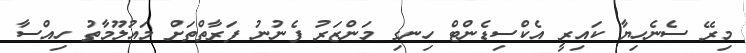
މިރޭ ސެނެހިޔާ ކައިރީ އެކްސިޑެންޓް ހިނގި މަންޒަރު ފެނުނު ފަރާތްތަށް މައުލޫމާތު ހިއްސާ